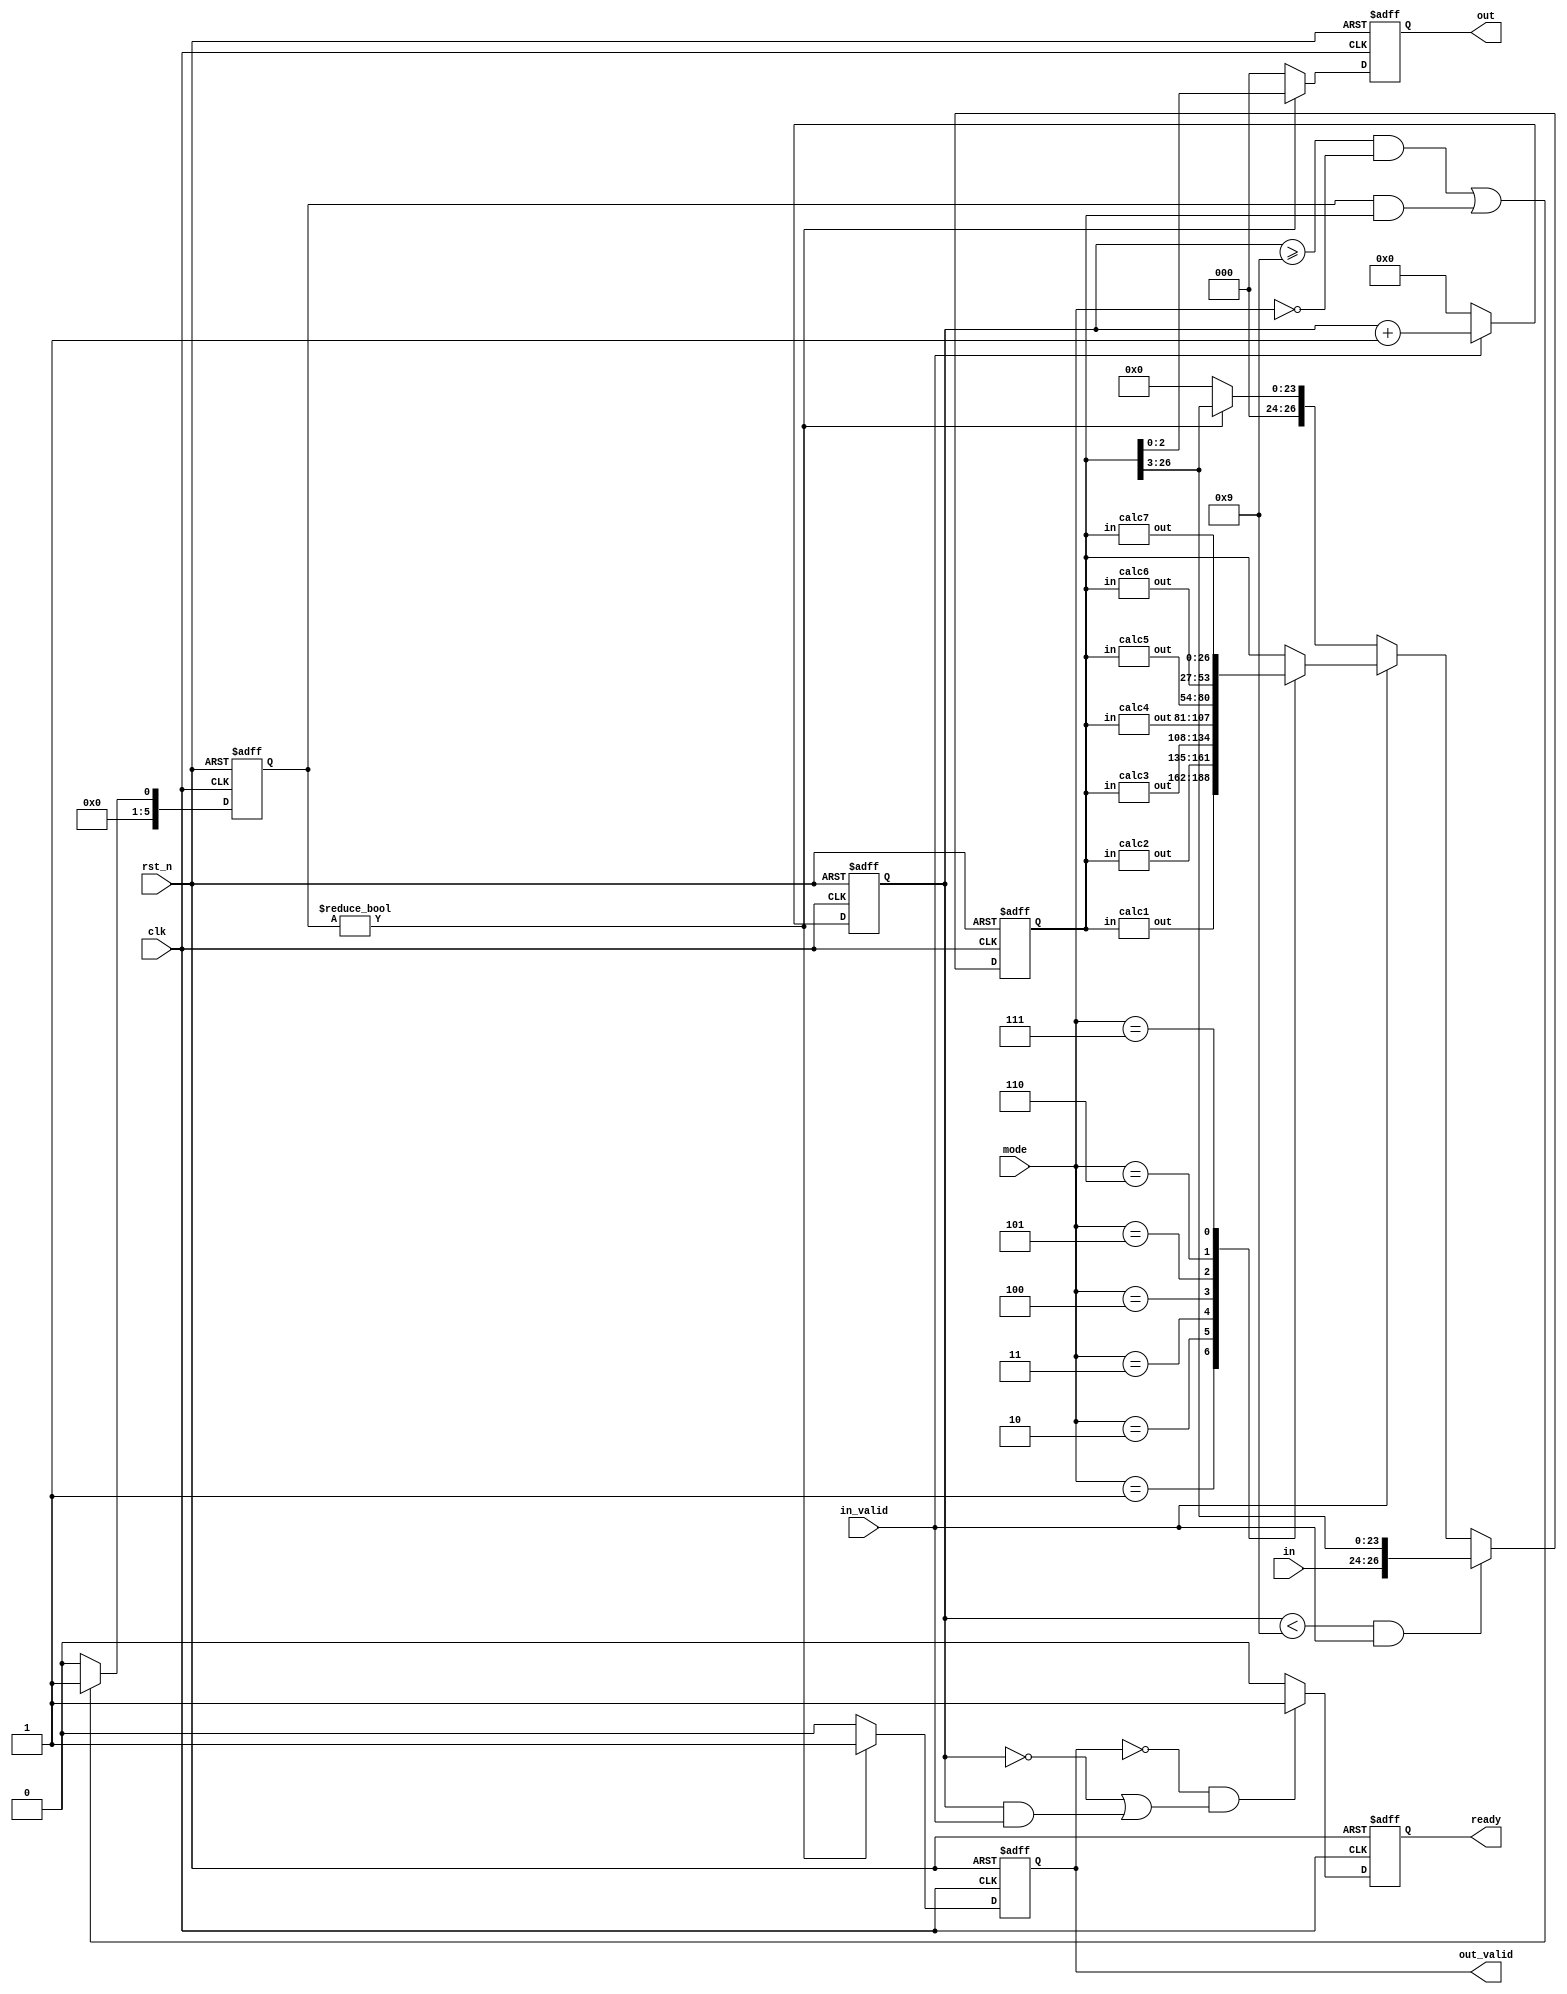
module IMPOR(
	output reg  [2:0] out,
	output reg out_valid,
	output reg ready,
	input  [2:0] in,
	input  [2:0] mode,
	input  in_valid,
	input  clk,
	input  rst_n
);
	reg[26:0] state;
	reg[5:0] inCnt,transCnt;
	wire[26:0] out1,out2,out3,out4,out5,out6,out7;
	calc1 a1(out1,state);
	calc2 a2(out2,state);
	calc3 a3(out3,state);
	calc4 a4(out4,state);
	calc5 a5(out5,state);
	calc6 a6(out6,state);
	calc7 a7(out7,state);

	always@(posedge clk, negedge rst_n) // ready
		if(!rst_n) ready<=0;
		else if(!out_valid&&(!inCnt||inCnt&&in_valid)) ready<=1;
		else ready<=0;
	
	always@(posedge clk, negedge rst_n) //inCnt
		if(!rst_n) inCnt<=0;
		else if(in_valid) inCnt<=inCnt+1;
		else inCnt<=0;
	
	always@(posedge clk, negedge rst_n) // transCnt
		if(!rst_n) transCnt<=0;
		else if(inCnt>=9&&!mode||transCnt&&state) transCnt<=1;
		else transCnt<=0;
	
	always@(posedge clk, negedge rst_n) // out_valid
		if(!rst_n) out_valid<=0;
		else if(transCnt) out_valid<=1;
		else out_valid<=0;
	
	always@(posedge clk, negedge rst_n) // state
		if(!rst_n) state<=0;
		else if(inCnt<9&&in_valid)
			state<={in,state[26:3]};
		else if(in_valid)
			case(mode)
			1:state<=out1;
			2:state<=out2;
			3:state<=out3;
			4:state<=out4;
			5:state<=out5;
			6:state<=out6;
			7:state<=out7;
			default:state<=state;
			endcase
		else if(transCnt)
			state<={3'b0,state[26:3]};
		else state<=0;
		
	always@(posedge clk, negedge rst_n) // out
		if(!rst_n) out<=0;
		else if(transCnt) out<=state[2:0]; // inArr = {inArr[23:0], in};
		else out<=0;
	
endmodule

// for 9 array
/*
	[2:0]:   1		[20:18]: 7
	[5:3]:   2		[23:21]: 8
	[8:6]:   3		[26:24]: 9
	[11:9]:  4
	[14:12]: 5		
	[17:15]: 6		
	
*/

module calc1(
	output[26:0] out,
	input[26:0] in
	
);
	assign out[2:0]=in[8:6];
	assign out[8:6]=in[2:0];
	assign out[11:9]=in[17:15];
	assign out[17:15]=in[11:9];
	assign out[20:18]=in[26:24];
	assign out[26:24]=in[20:18];
	assign out[5:3]=in[5:3];
	assign out[14:12]=in[14:12];
	assign out[23:21]=in[23:21];
endmodule

module calc2(
	output [26:0] out,
	input[26:0] in
);
	assign out[2:0]=in[20:18];
	assign out[5:3]=in[23:21];
	assign out[8:6]=in[26:24];
	assign out[11:9]=in[11:9];
	assign out[14:12]=in[14:12];
	assign out[17:15]=in[17:15];
	assign out[20:18]=in[2:0];
	assign out[23:21]=in[5:3];
	assign out[26:24]=in[8:6];	
endmodule

module calc3(
	output[26:0] out,
	input[26:0] in
);
	assign out[2:0]=in[8:6];
	assign out[5:3]=in[17:15];
	assign out[8:6]=in[26:24];
	assign out[11:9]=in[5:3];
	assign out[14:12]=in[14:12];
	assign out[17:15]=in[23:21];
	assign out[20:18]=in[2:0];
	assign out[23:21]=in[11:9];
	assign out[26:24]=in[20:18];
endmodule

module calc4(
	output[26:0] out,
	input[26:0] in
);
	assign out[2:0]=in[20:18];
	assign out[5:3]=in[11:9];
	assign out[8:6]=in[2:0];
	assign out[11:9]=in[23:21];
	assign out[14:12]=in[14:12];
	assign out[17:15]=in[5:3];
	assign out[20:18]=in[26:24];
	assign out[23:21]=in[17:15];
	assign out[26:24]=in[8:6];
endmodule

module calc5(
	output[26:0] out,
	input[26:0] in
);
	assign out[2:0]=(in[2:0]==7)?7:(in[2:0]+1);
	assign out[5:3]=in[5:3];
	assign out[8:6]=in[8:6];
	assign out[11:9]=(in[11:9]==7)?7:(in[11:9]+1);
	assign out[14:12]=in[14:12];
	assign out[17:15]=in[17:15];
	assign out[20:18]=(in[20:18]==7)?7:(in[20:18]+1);
	assign out[23:21]=in[23:21];
	assign out[26:24]=in[26:24];								   
endmodule

module calc6(
	output[26:0] out,
	input[26:0] in
);
	assign out[2:0]=in[2:0];
	assign out[5:3]=(in[5:3]==7)?7:(in[5:3]+1);
	assign out[8:6]=in[8:6];
	assign out[11:9]=in[11:9];
	assign out[14:12]=(in[14:12]==7)?7:(in[14:12]+1);
	assign out[17:15]=in[17:15];
	assign out[20:18]=in[20:18];
	assign out[23:21]=(in[23:21]==7)?7:(in[23:21]+1);
	assign out[26:24]=in[26:24];
endmodule

module calc7(
	output[26:0] out,
	input[26:0] in
);
	assign out[2:0]=in[2:0];
	assign out[5:3]=in[5:3];
	assign out[8:6]=(in[8:6]==7)?7:(in[8:6]+1);
	assign out[11:9]=in[11:9];
	assign out[14:12]=in[14:12];
	assign out[17:15]=(in[17:15]==7)?7:(in[17:15]+1);
	assign out[20:18]=in[20:18];
	assign out[23:21]=in[23:21];
	assign out[26:24]=(in[26:24]==7)?7:(in[26:24]+1);
endmodule